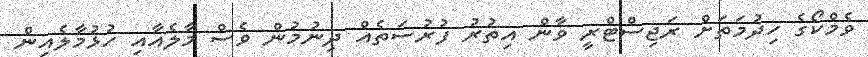
ވެމްކޯގެ ހިދުމަތަށް ރަޖިސްޓްރީ ވާން އިތުރު ފުރުސަތެއް ދިނުމުން ވެސް މާލެއާއި ހުޅުމާލެއިން